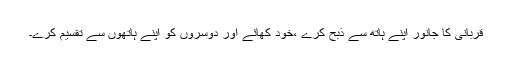
قربانی کا جانور اپنے ہاتھ سے ذبح کرے ،خود کھائے اور دوسروں کو اپنے ہاتھوں سے تقسیم کرے۔